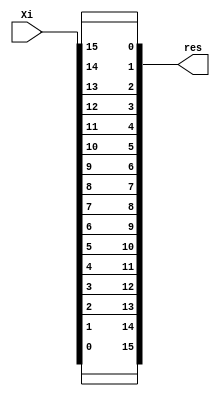
module bit_reversal (Xi,res);
parameter N = 4;
input  [(2**N)-1:0] Xi;
output reg[(2**N)-1:0] res;

integer i;
always @(*) begin
    for (i = 0; i<2**N; i = i+1) begin
         res[i] = Xi[(2**N)-i-1];
    end 
end
    
endmodule